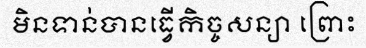
មិនទាន់បានធ្វើកិច្ចសន្យា ព្រោះ